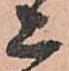
上